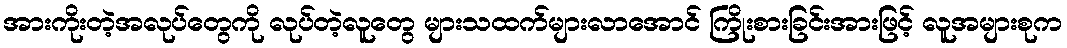
အားကိုးတဲ့အလုပ်တွေကို လုပ်တဲ့လူတွေ များသထက်များလာအောင် ကြိုးစားခြင်းအားဖြင့် လူအများစုက